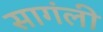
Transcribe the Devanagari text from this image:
सागंली